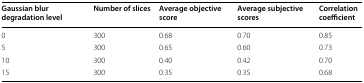
<table><thead><tr><td><b>Gaussian blur degradation level</b></td><td><b>Number of slices</b></td><td><b>Average objective score</b></td><td><b>Average subjective scores</b></td><td><b>Correlation coefficient</b></td></tr></thead><tbody><tr><td>0</td><td>300</td><td>0.68</td><td>0.70</td><td>0.85</td></tr><tr><td>5</td><td>300</td><td>0.65</td><td>0.60</td><td>0.73</td></tr><tr><td>10</td><td>300</td><td>0.40</td><td>0.42</td><td>0.70</td></tr><tr><td>15</td><td>300</td><td>0.35</td><td>0.35</td><td>0.68</td></tr></tbody></table>